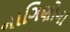
નાગિણોના